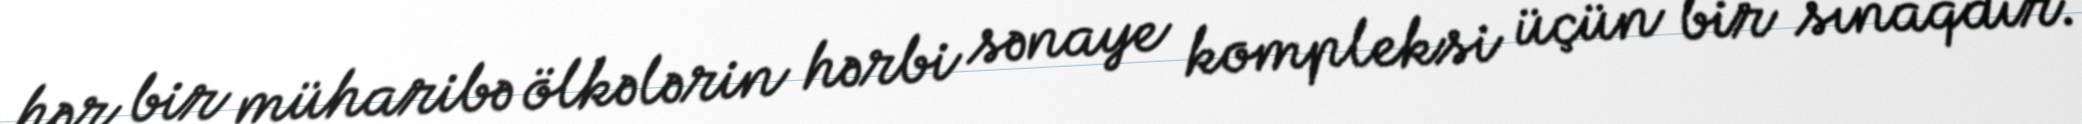
hər bir müharibə ölkələrin hərbi sənaye kompleksi üçün bir sınaqdır.